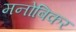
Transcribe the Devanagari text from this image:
मनोबिकर